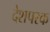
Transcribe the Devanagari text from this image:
देशपरक